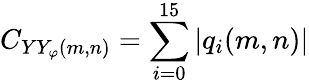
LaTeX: C_{YY_{\varphi}(m,n)}=\sum_{i=0}^{15}\left|q_{i}(m,n)\right|